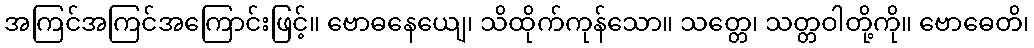
အကြင်အကြင်အကြောင်းဖြင့်။ ဗောဓနေယျေ၊ သိထိုက်ကုန်သော။ သတ္တေ၊ သတ္တဝါတို့ကို။ ဗောဓေတိ၊